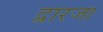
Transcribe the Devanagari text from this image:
द्वारजा